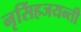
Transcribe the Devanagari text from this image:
नृसिंहजयन्ती